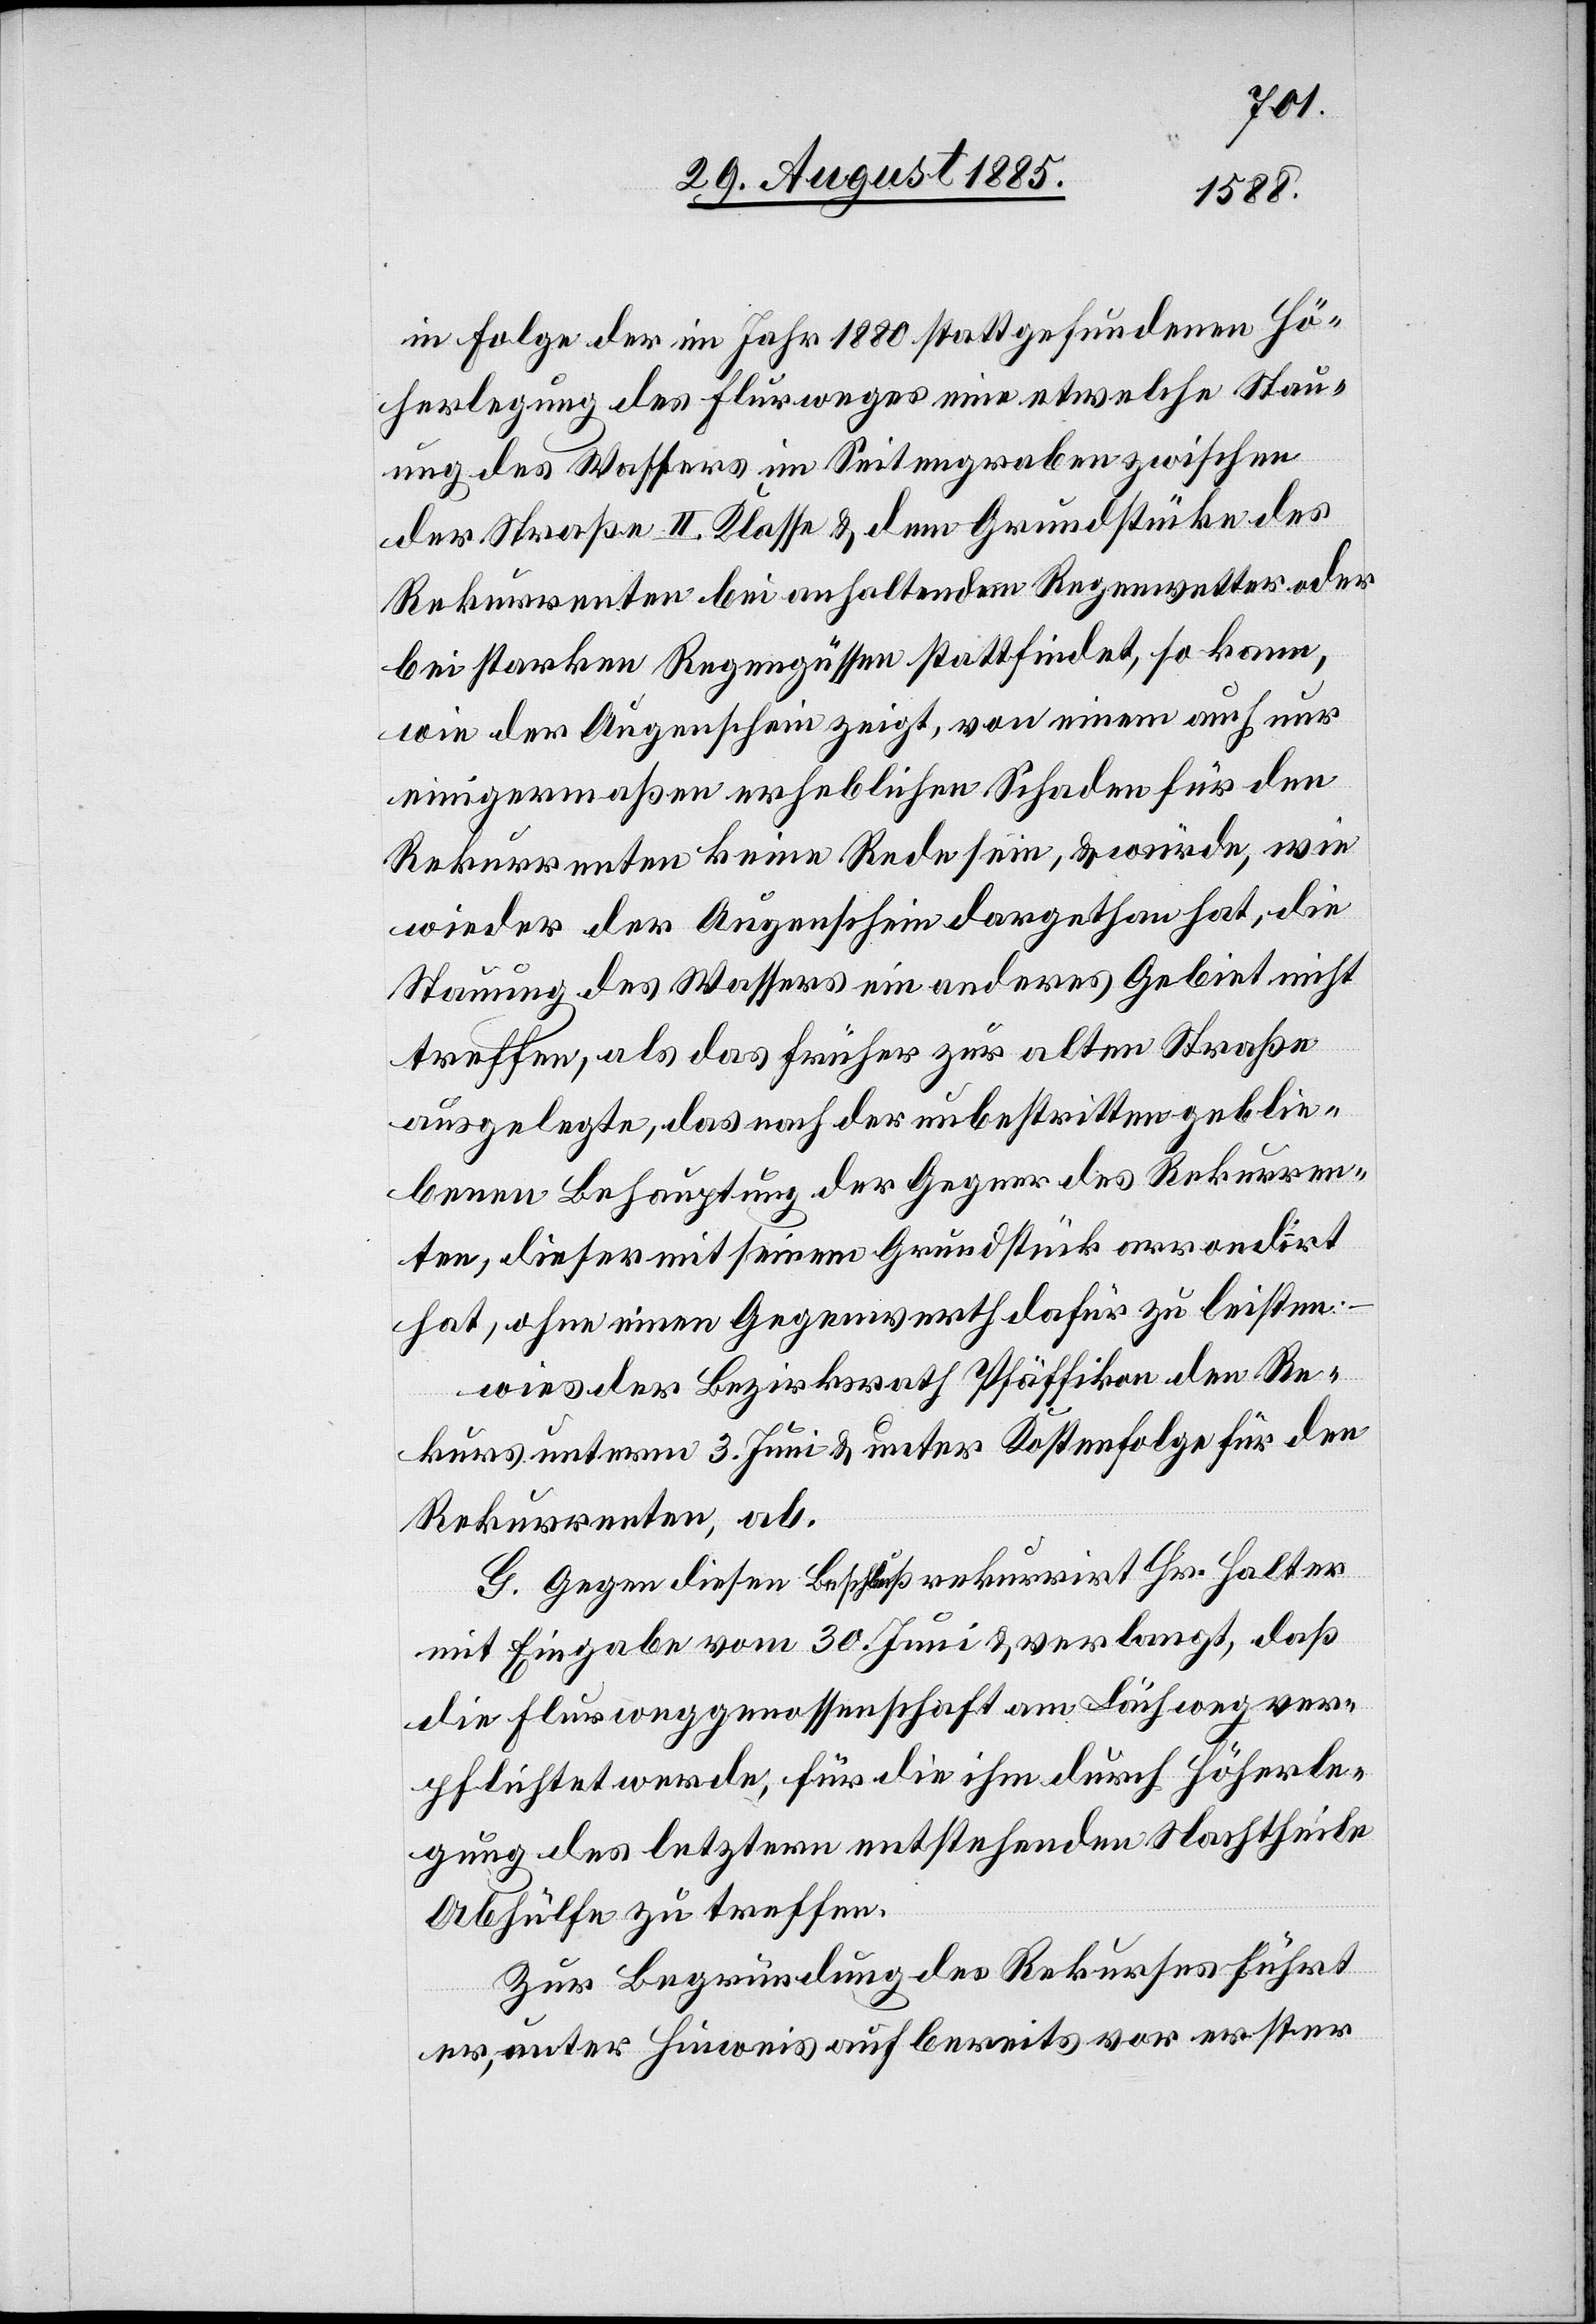
in Folge der im Jahr 1880 stattgefundenen Hö¬
herlegung des Flurweges eine etwelche Stau¬
ung des Wassers im Seitengraben zwischen
der Straße II. Klasse & dem Grundstücke des
Rekurrenten bei anhaltendem Regenwetter oder
bei starken Regengüssen stattfindet, so kann,
wie der Augenschein zeigt, von einem auch nur
einigermaßen erheblichen Schaden für den
Rekurrenten keine Rede sein, & würde, wie
wieder der Augenschein dargethan hat, die
Stauung des Wassers ein anderes Gebiet nicht
treffen, als das früher zur alten Straße
ausgelegte, das nach der unbestritten geblie¬
benen Behauptung der Gegner des Rekurren¬
ten, dieser mit seinem Grundstück arrondirt
hat, ohne einen Gegenwerth dafür zu leisten,
wies der Bezirksrath Pfäffikon den Re¬
kurs unterm 3. Juni & unter Kostenfolge für den
Rekurrenten, ab.
G. Gegen diesen Beschluß rekurrirt Hr. Halter
mit Eingabe vom 30. Juni & verlangt, daß
die Flurweggenossenschaft am Lächweg ver¬
pflichtet werde, für die ihm durch Höherle¬
gung des letztern entstehenden Nachtheile
Abhülfe zu treffen.
Zur Begründung des Rekurses führt
er, unter Hinweis auf bereits vor erster